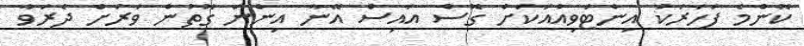
ކޮންމެ ފަހަރަކު އިންޓަވިއުއަކަށް ގޮސް އައިސް އޭނާ އިންނަ ގޮތުން ވަރަށް ދެރަވާ